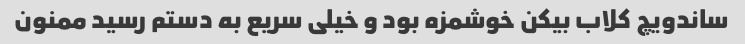
ساندویچ کلاب بیکن خوشمزه بود و خیلی سریع به دستم رسید ممنون